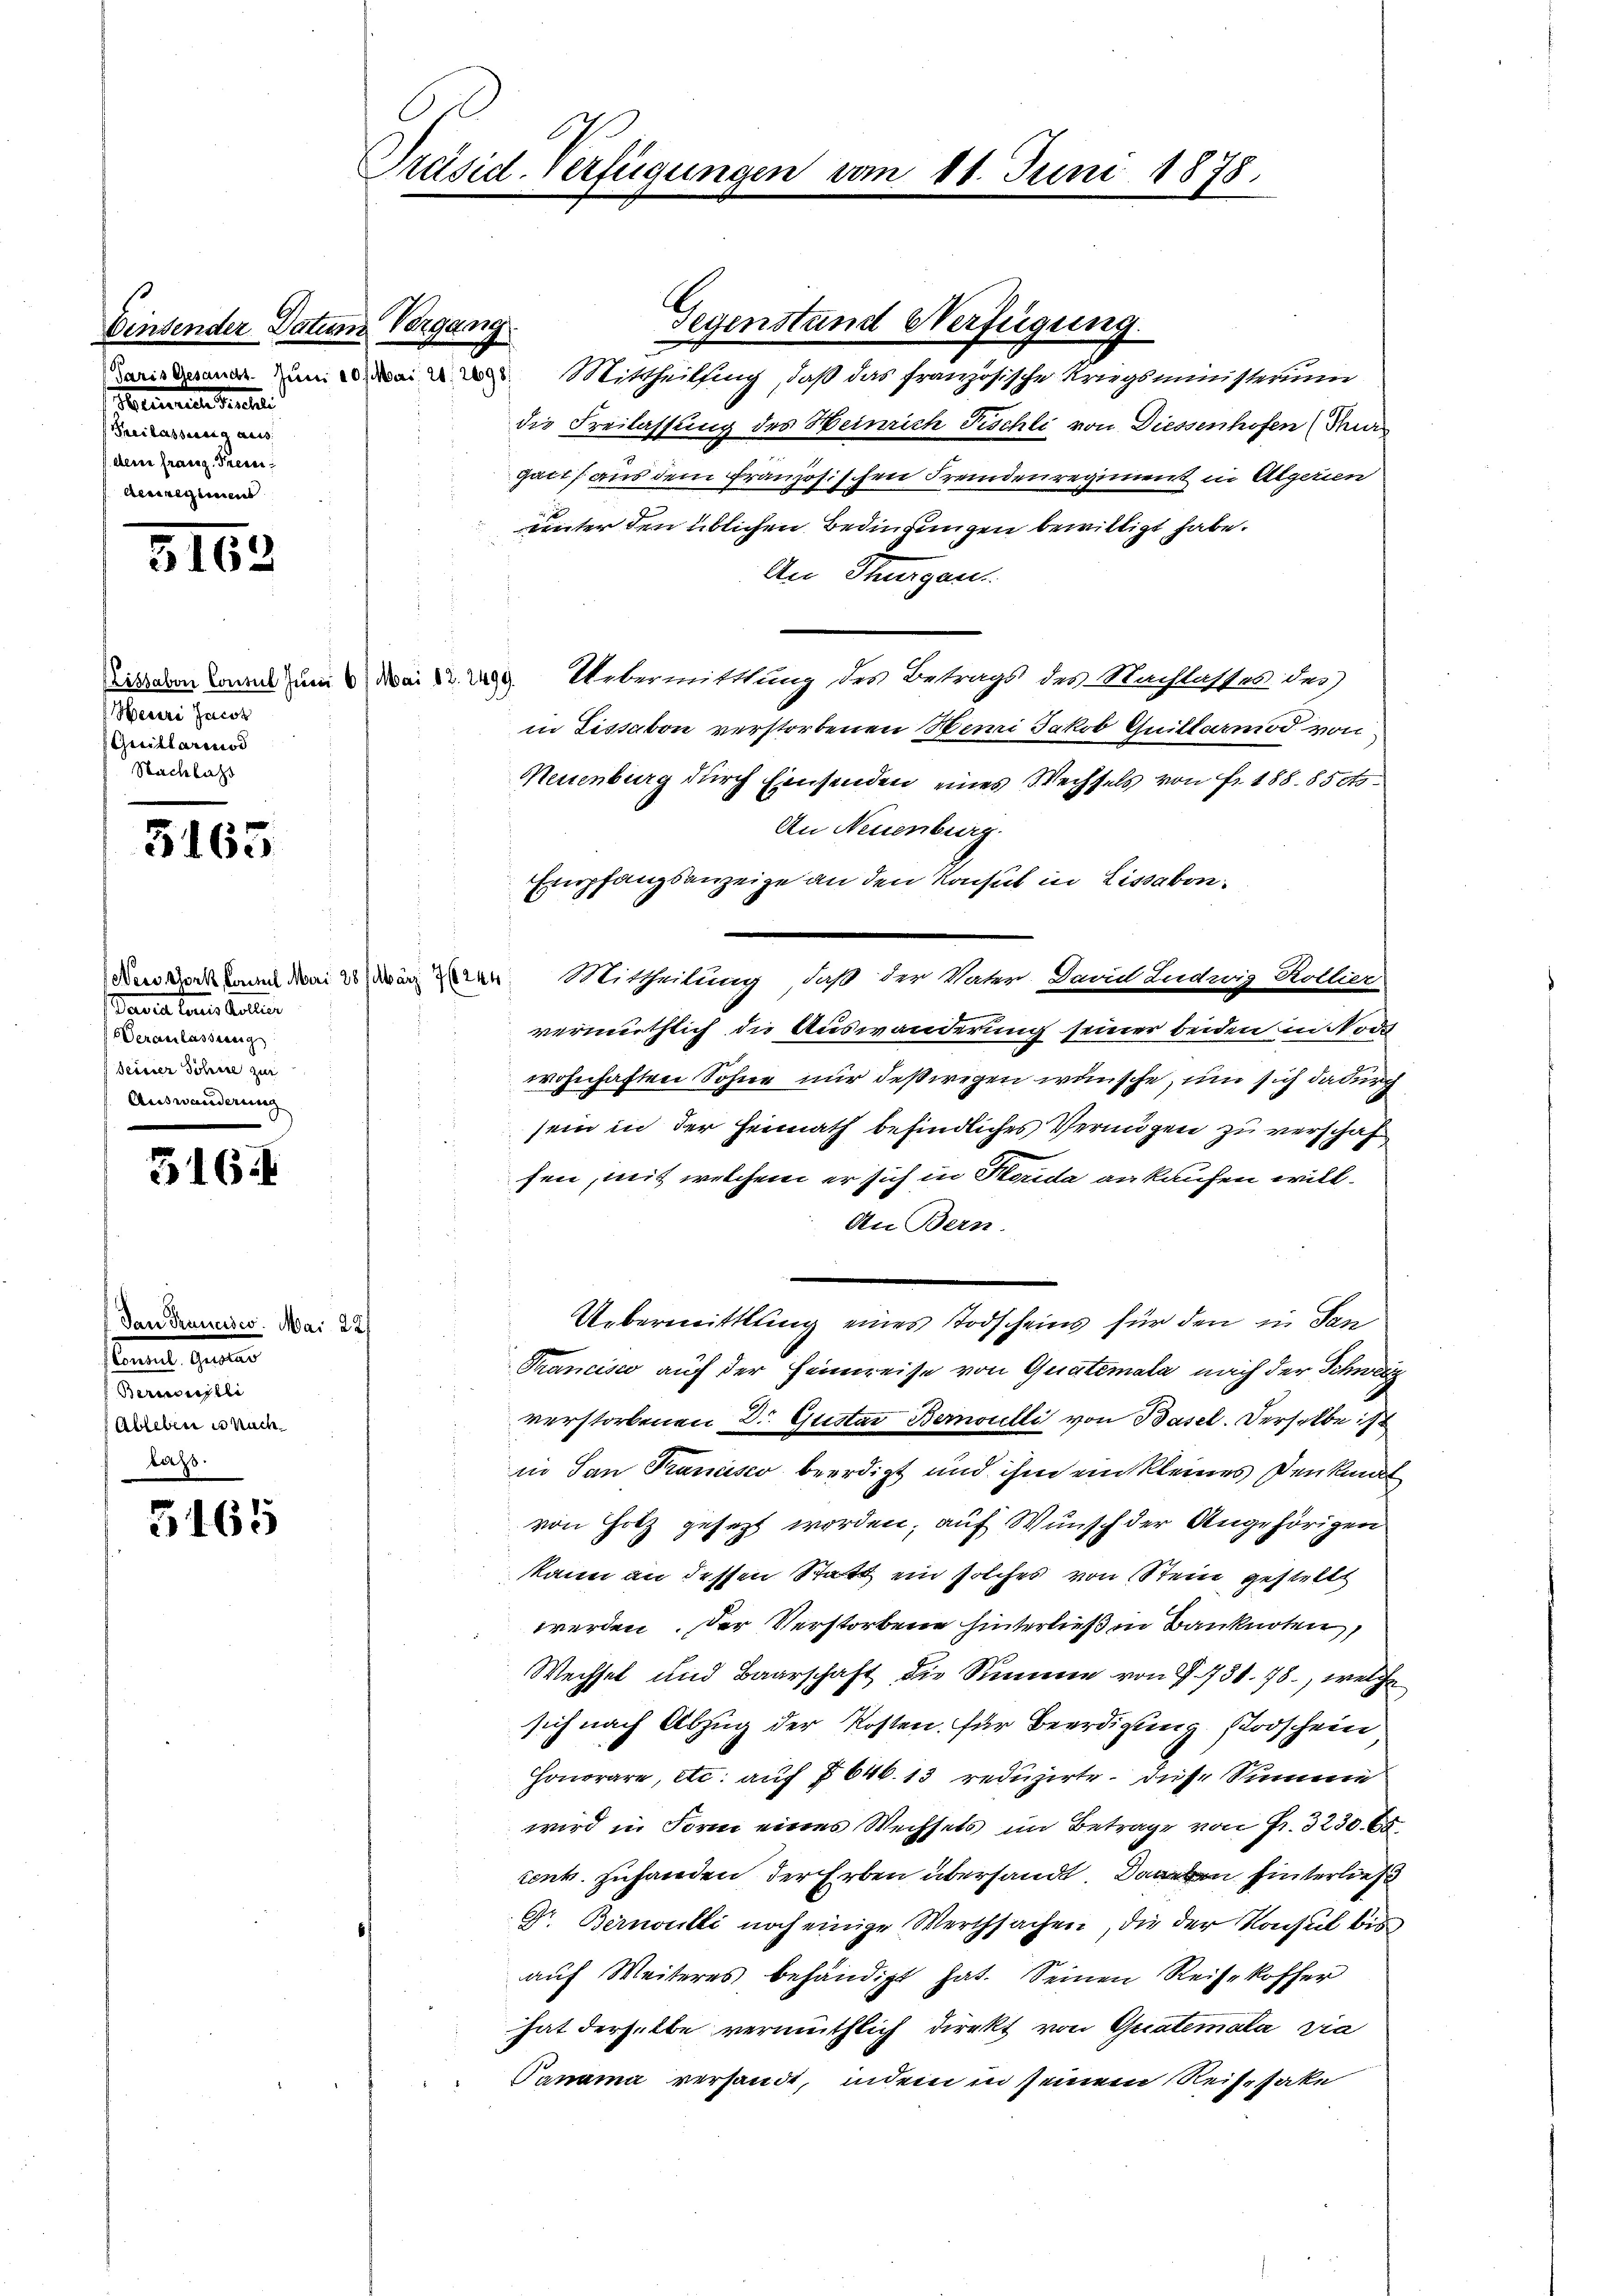
Binsender Datum Vergang
Paris Gesandt. Zum 20 f Mari
Ferierten Schli
Theilassung aus
derer franz Precar
Aeciregimens

3163

Lissabon Consul Juni 6/ Mai 82. 2499.
Herere Jacot
(Guillarios
Nachlass

5163

Pasia tenes Collen
Veranlassung
seister Söhne zur

516.

(Dan Trancisco. Mai 2.
sannes Garten
Bernoulli
Ableben es nach
tass.

5465

Präsid-Verfügungen

Mittheilsing, daß das französische Kriegsministerium
die Freilassung des Heinrich Tischli von Diessenhofen Par
gact aus dem französischen Fremdenregiment in Algerien
unter den üblichen Bedingungen bewilligt habe.
An Stungen
Uebermittlung des Betrags des Nachlasses des
in Fissabon verstorbenen Werni Jakob Guillarmod von
Neuenburg durch Einsenden eines Wechsels von Fr. 188. 85 dto
An Neuenburg.
Empfangsanzeige an den Konsul in Lissakondie Bockmann vom 20. Der Mittheilung, daß der Vater. Davul Ludwig Kollier
vermuthlich die Auswanderung seiner beiden in Nod
wohnhaften Sohne nur deßwegen wünsche, um sich dadurch
sein in der Heimath befindliches Vermögen zu verschaf
fen, mit welchem er sich in Stauda ankaufen will¬
An Bern.
Uebermittlung eines Todscheins für den in San
Francisco auf der Heimreise von Quatemala nach der Schweiz
verstorbenen 3. Gustav Bernoulli von Basel. Derselbe ist
in San Francisco beerdigt und ihm ein kleines Denkmal
von Holz gesezt worden, auf Wunsch der Angehörigen
kann an dessen Statt ein solches von Stein gestellt
werden. Der Verstorbene hinterließen Banknoten,
Wechsel und Baarschaft die Summe von I 731. 78, welche
sich nach Abzug der Kosten. Für Beerdigung stodschein
Honorare, etc. auf § 646. 13 reduzirte. Diese Summe
wird in Form eines Wechsels im Betrage von Fr. 3230. 65
cenk. Zuhanden der Erben übersandt. Den hinterließ
Dr. Bernoulli noch einige Wertsachen, die der Konsul bis
auf Weiteres behändigt hat. Seinen Reise koffer
hat derselbe vermuthlich direkt von Gratemala via
Panama versandt, indem in seinem Reisesake

Gegenstand Verfügung.

11. Juni 1878.